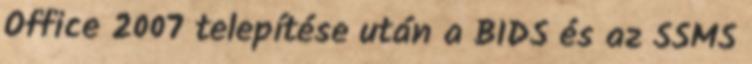
Office 2007 telepítése után a BIDS és az SSMS